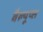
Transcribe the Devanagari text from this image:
वैल्यूप्स